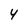
Character: 4